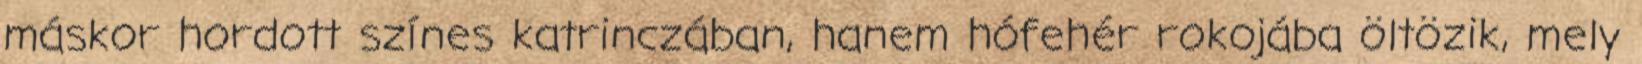
máskor hordott színes katrinczában, hanem hófehér rokojába öltözik, mely